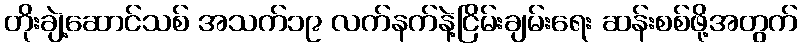
တိုးချဲ့ဆောင်သစ် အသက်၁၉ လက်နက်နဲ့ငြိမ်းချမ်းရေး ဆန်းစစ်ဖို့အတွက်